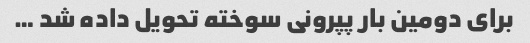
برای دومین بار پپرونی سوخته تحویل داده شد …